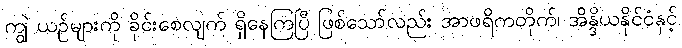
ကျွဲ ယဉ်များကို ခိုင်းစေလျက် ရှိနေကြပြီ ဖြစ်သော်လည်း အာဖရိကတိုက်၊ အိန္ဒိယနိုင်ငံနှင့်